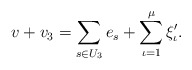
\begin{align*}v+v_3=\sum_{s\in U_3}e_s + \sum_{\iota=1}^\mu \xi'_{\iota}.\end{align*}